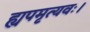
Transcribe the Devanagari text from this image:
ह्यपमृत्यवः।